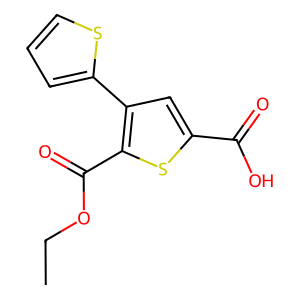
SMILES: CCOC(=O)c1sc(C(=O)O)cc1-c1cccs1
Inhibits HIV replication: Yes